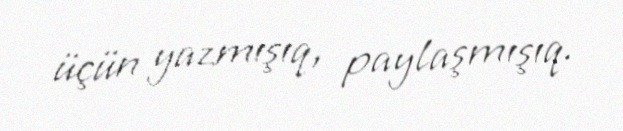
üçün yazmışıq, paylaşmışıq.